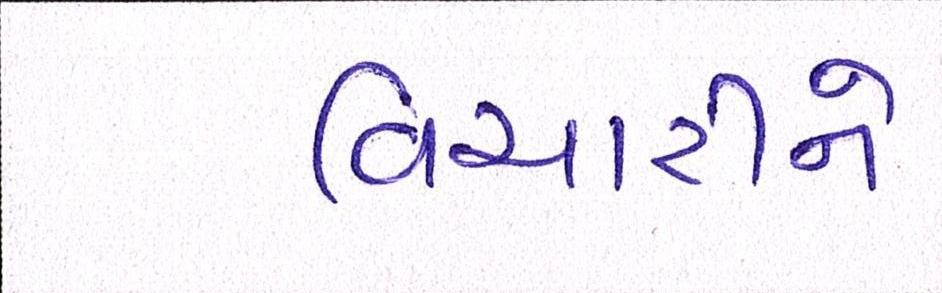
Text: વિચારીને